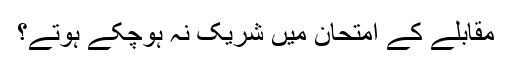
مقابلے کے امتحان میں شریک نہ ہوچکے ہوتے؟